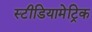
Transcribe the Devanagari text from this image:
स्टीडियामेट्रिक